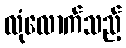
လုံလောက်သည့်